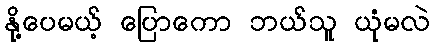
နို့ပေမယ့် ပြောကော ဘယ်သူ ယုံမလဲ